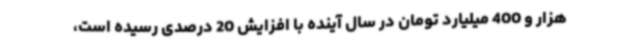
هزار و 400 میلیارد تومان در سال آینده با افزایش 20 درصدی رسیده است،